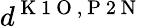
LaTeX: d^{\mathrm{~K~1~O~},\mathrm{~P~2~N~}}